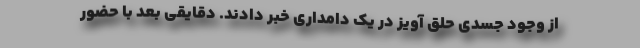
از وجود جسدی حلق آویز در یک دامداری خبر دادند. دقایقی بعد با حضور